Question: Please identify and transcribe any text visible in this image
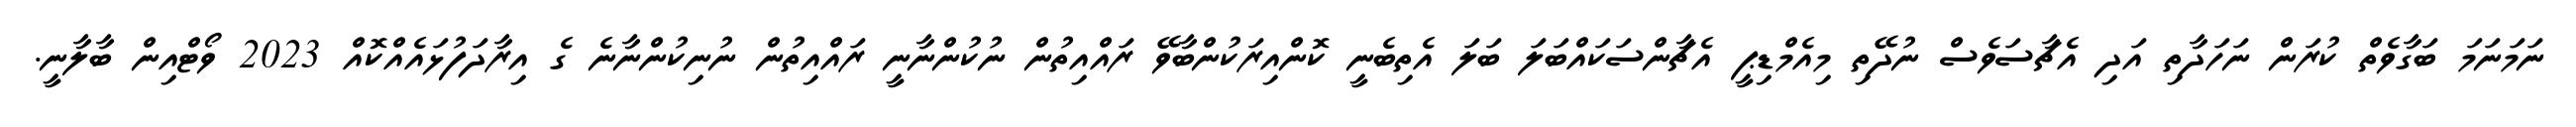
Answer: ނަމަނަމަ ބަގާވެތް ކުރަން ނަހަދާތި އަދި އެޗާސަވެސް ނުދޭތި މިއެމްޑިޕީ އެޗާންސަކައްބަލަ ބަލަ އެތިބެނީ ކޮންއިރަކުންބާވޭ ރައްއިތުން ނުކުންނާނީ ރައްއިތުން ނުނިކުންނާނެ ގެ އިރާދަފުޅައެއްކޮއް 2023 ވޯޓްއިން ބާލާނީ.